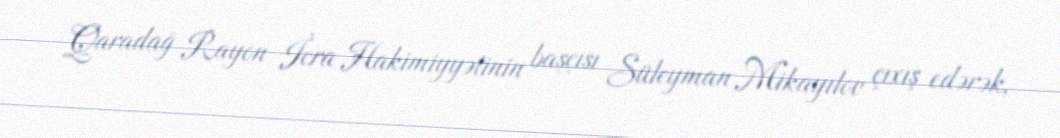
Qaradağ Rayon İcra Hakimiyyətinin başçısı Süleyman Mikayılov çıxış edərək,